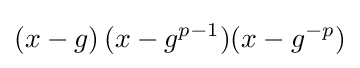
(x-g)\!\ (x-g^{p-1})(x-g^{-p})